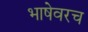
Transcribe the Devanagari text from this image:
भाषेवरच